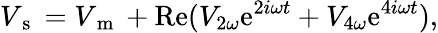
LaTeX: V_{\mathrm{~s~}}=V_{\mathrm{~m~}}+\mathrm{Re}(V_{2\omega}\mathrm{e}^{2i\omega t}+V_{4\omega}\mathrm{e}^{4i\omega t}){,}